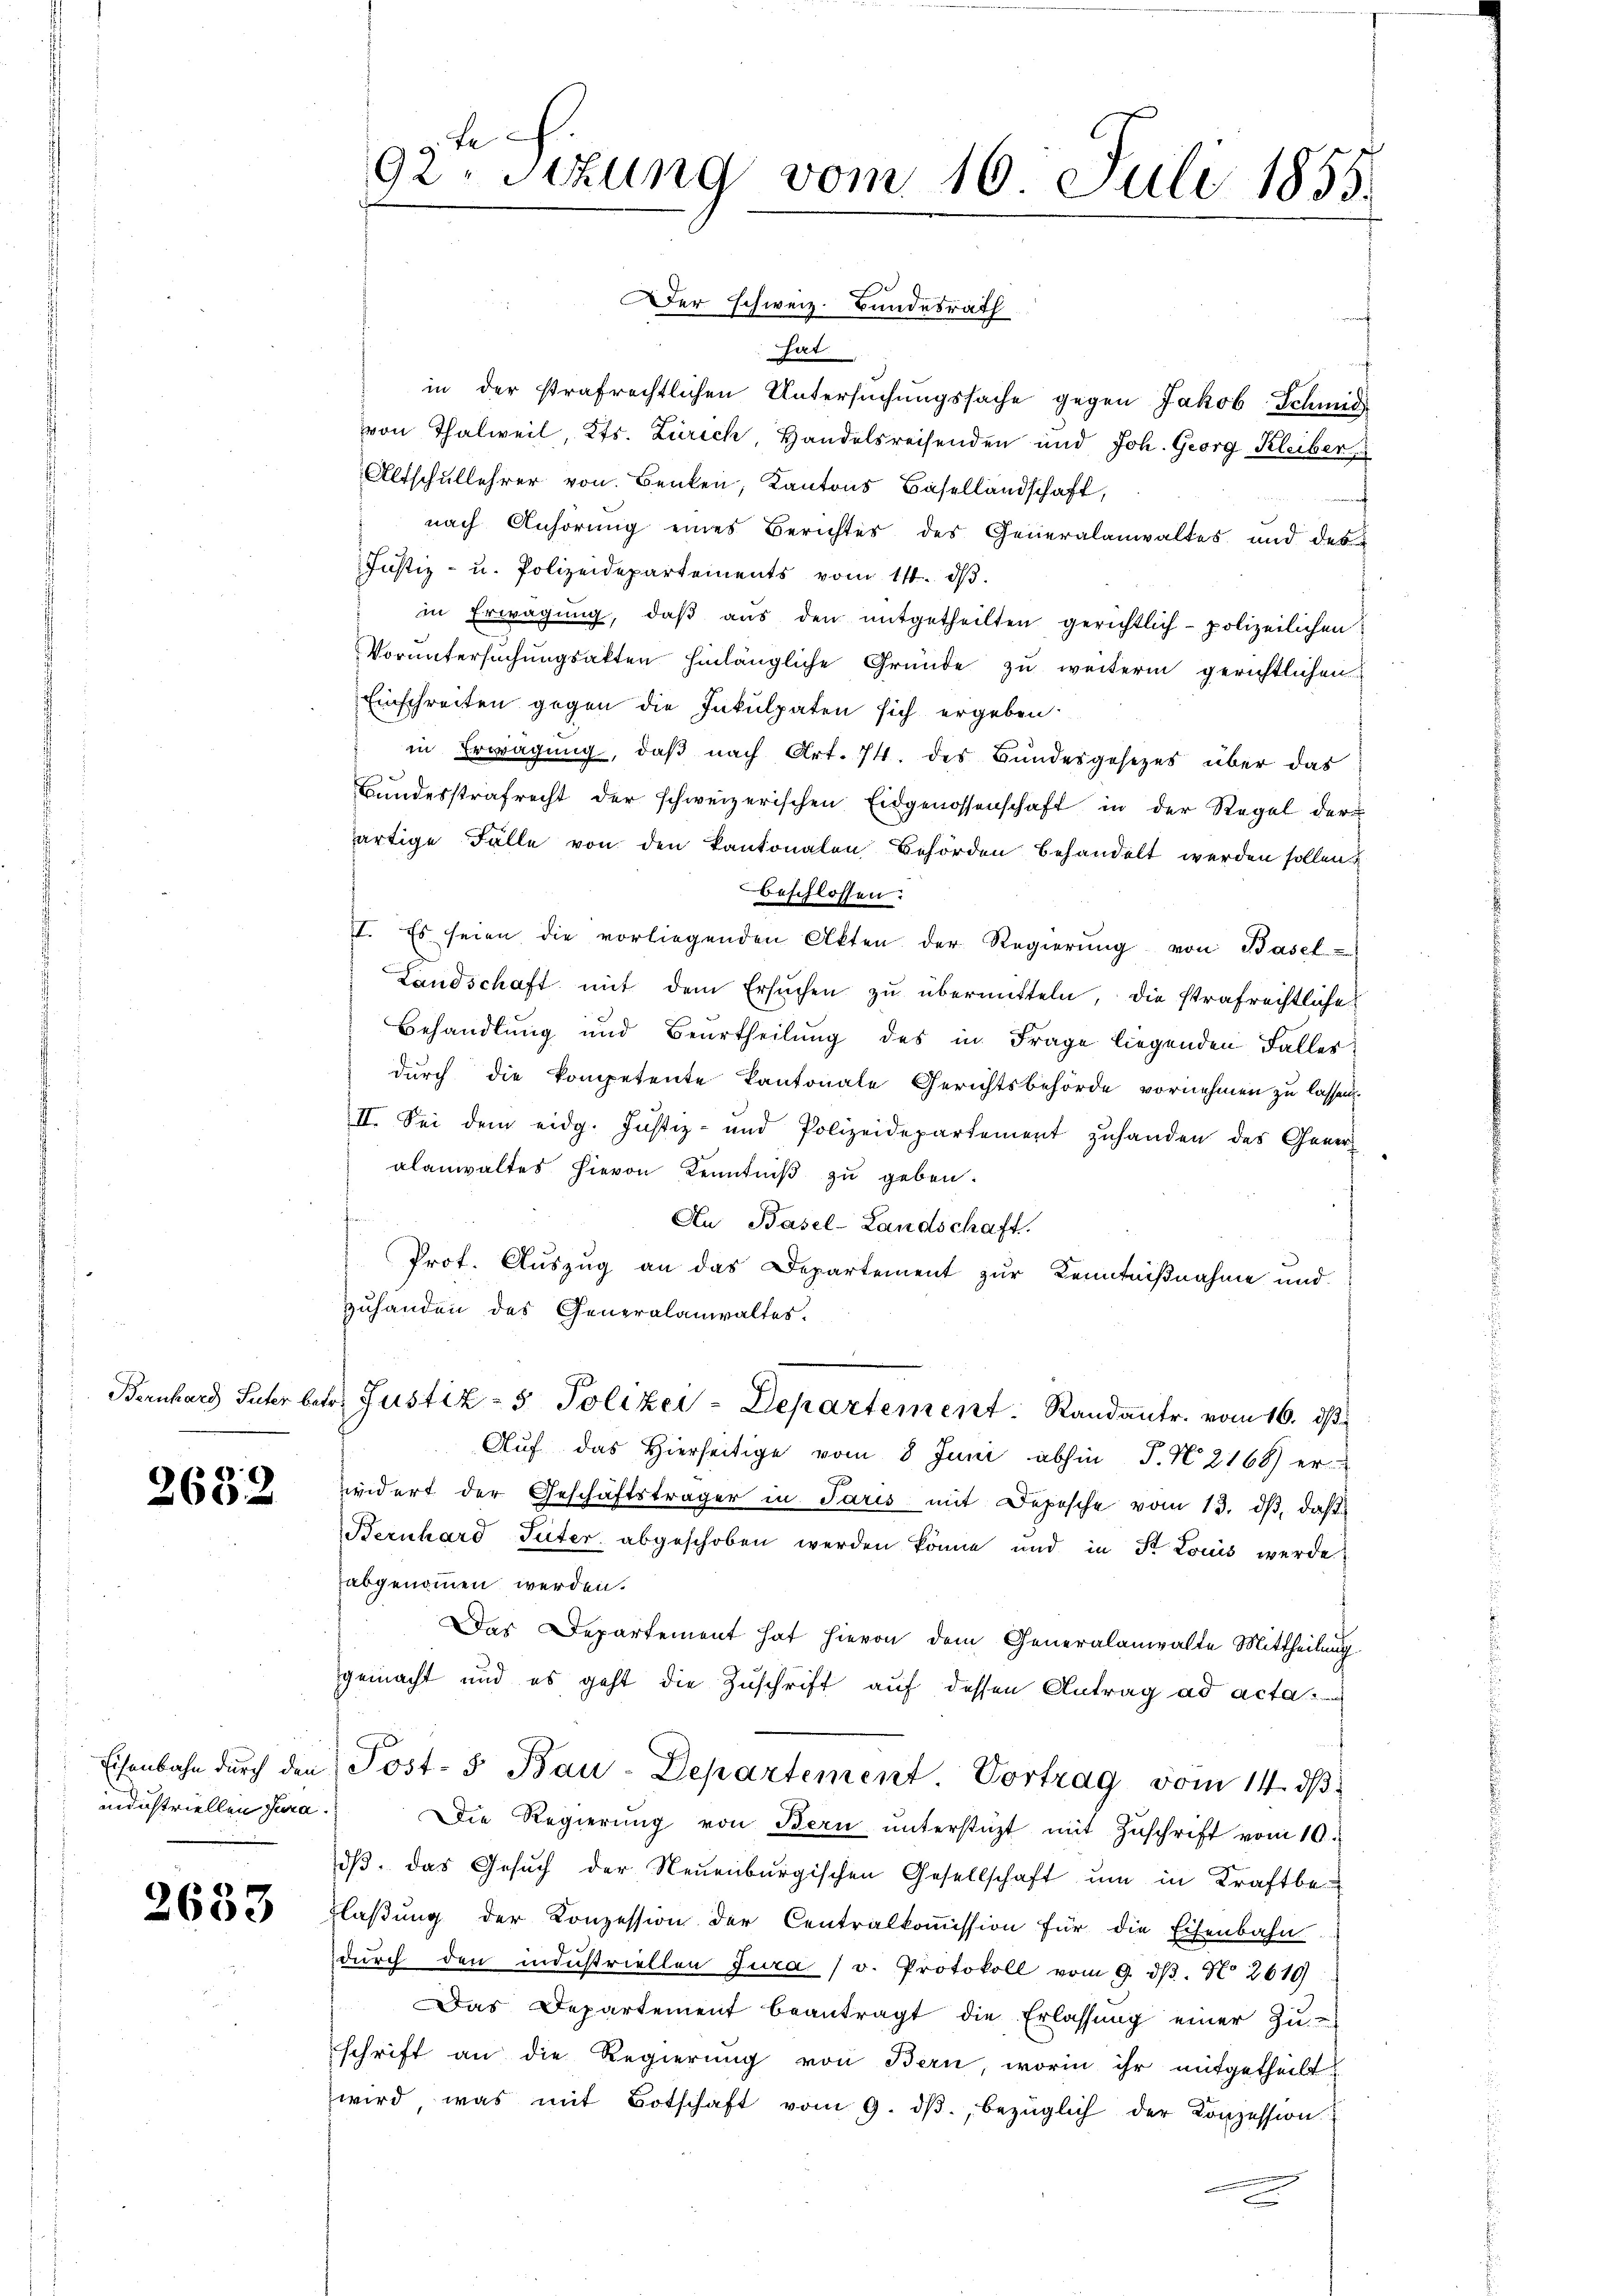
2632

Eisenbahn durch den
industriellen Jura.

2633

.
92. Sitzung vom 16 Juli 1855.

Der Schweiz. Bundesrath
hat.
in der strafrechtlichen Untersuchungssache gegen Jakob Schmid
von Thalweil, Kts. Zürich Handelsreisenden und Joh. Georg Kleiber
Altschullehrer von Benken, Kantons Basellandschaft,
nach Anhörung eines Berichtes des Generalanwaltes und des
Justiz- u. Polizeidepartements vom 14. dβ.
in Erwägung, daβ aŭs den mitgetheilten gerichtlich polizeilichen
Voruntersuchungsakten hinlängliche Gründe zu weiterm gerichtlichen
Einschreiten gegen die Inkulpaten sich ergeben:
in Erwägung, daß nach Art. 74. des Bundesgesezes über das
Bundesstrafrecht der schweizerischen Eidgenossenschaft in der Regel der
artige Fälle von den Kantonalen Behörden behandelt werden sollen?
beschlossen:
II. Es seien die vorliegenden Akten der Regierŭng von Basel-
Landschaft mit dem Ersuchen zu übermitteln, die strafrechtliche
Behandlung und Beurtheilung des in Frage liegenden Faller
durch die kompetente Kantonale Gerichtsbehörde vornehmen zu lassen.
II. Sei dem eidg. Justiz- und Polizeidepartement zuhanden des Gener
alanwaltes hievon Kenntniß zu geben.
An Basel-Landschaft.
 Prot. Auszug an das Departement zur Kenntnißnahme und
zuhanden des Generalanwaltes.
u
Bernhard Suter betr. Justiz- & Polizei-Departement. Randantr. vom 16. ds.
Aŭf das hierseitige vom 8 Juni abhin P. N. 2168) er-
iedert der Geschäftsträger in Paris mit Depesche vom 13. dβ, daß
Bernhard Güter abgeschoben werden könne und in Fr. Louis werde
abgenommen werden.
Das Departement hat hievon dem Generalanwalte Mittheilung
gemacht und es geht die Zuschrift auf dessen Antrag ad acta
Post- 5. Bau-Departement. Vortrag vom 14. dβ.
Die Regierŭng von Bern ŭnterstüzt mit Zŭschrift vom 10.
dβ. das Gesŭch der Neuenburgischen Gesellschaft ŭm in Kraft be-
Flaßung der Konzession der Centralkommission für die Eisenbahn-
dŭrch den industriellen Jura v. Protokoll vom 9. dβ. N. 2610
Das Departement beantragt die Erlassung einer Zu
schrift an die Regierung von Bern, worin ihr mitgetheilt
wird was mit Botschaft vom 9. dβ, bezüglich der Konzession